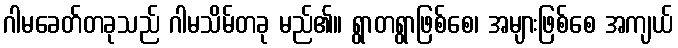
ဂါမခေတ်တခုသည် ဂါမသိမ်တခု မည်၏။ ရွာတရွာဖြစ်စေ၊ အများဖြစ်စေ အကျယ်